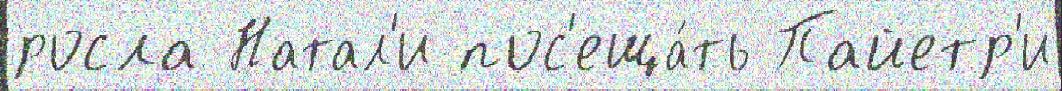
росла Натал'и пос'еща́ть Пайетр'и